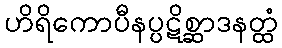
ဟိရိကောပီနပ္ပဋိစ္ဆာဒနတ္ထံ